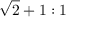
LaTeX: { \sqrt { 2 } } + 1 : 1